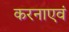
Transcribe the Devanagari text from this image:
करनाएवं